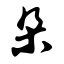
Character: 朵